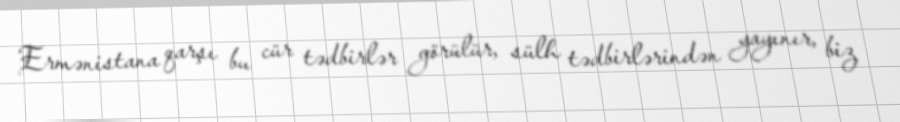
Ermənistana qarşı bu cür tədbirlər görülür, sülh tədbirlərindən yayınır, biz